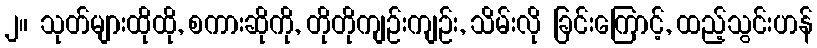
၂။ သုတ်များထိုထို, စကားဆိုကို, တိုတိုကျဉ်းကျဉ်း, သိမ်းလို ခြင်းကြောင့်, ထည့်သွင်းဟန်